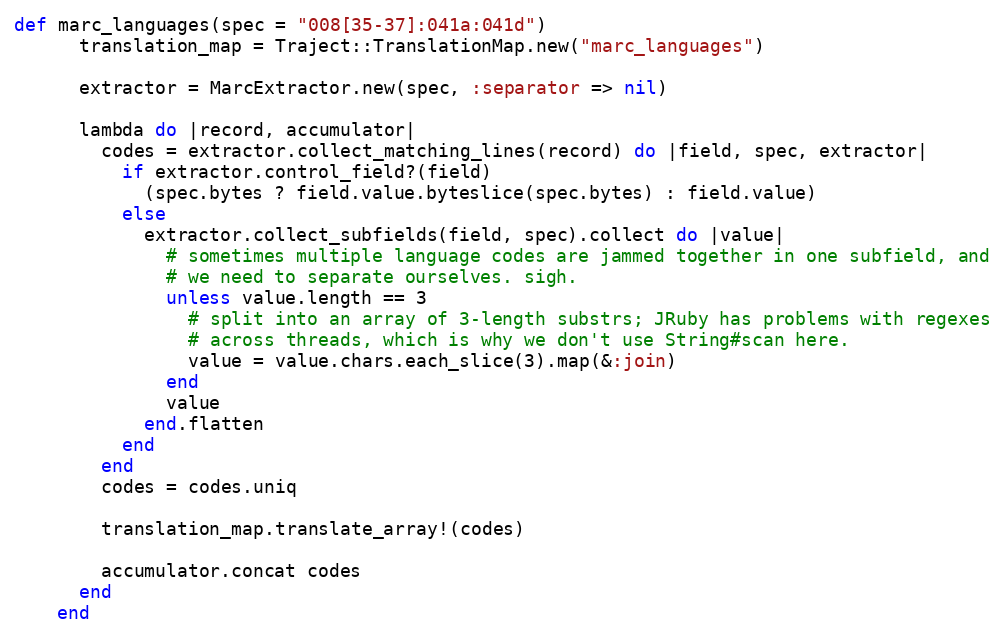
Language: Ruby
def marc_languages(spec = "008[35-37]:041a:041d")
      translation_map = Traject::TranslationMap.new("marc_languages")

      extractor = MarcExtractor.new(spec, :separator => nil)

      lambda do |record, accumulator|
        codes = extractor.collect_matching_lines(record) do |field, spec, extractor|
          if extractor.control_field?(field)
            (spec.bytes ? field.value.byteslice(spec.bytes) : field.value)
          else
            extractor.collect_subfields(field, spec).collect do |value|
              # sometimes multiple language codes are jammed together in one subfield, and
              # we need to separate ourselves. sigh.
              unless value.length == 3
                # split into an array of 3-length substrs; JRuby has problems with regexes
                # across threads, which is why we don't use String#scan here.
                value = value.chars.each_slice(3).map(&:join)
              end
              value
            end.flatten
          end
        end
        codes = codes.uniq

        translation_map.translate_array!(codes)

        accumulator.concat codes
      end
    end